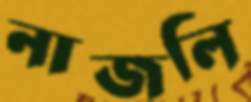
নাজলি